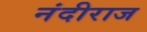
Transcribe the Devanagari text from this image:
नंदीराज